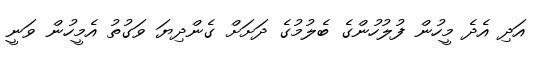
އަދި އެދެ މީހުން ފުލުހުންގެ ބެލުމުގެ ދަށަށް ގެންދިޔަ ވަގުތު އެމީހުން ވަނީ